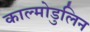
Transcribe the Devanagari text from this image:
काल्मोडुलिन